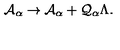
\mathcal { A } _ { \alpha } \rightarrow \mathcal { A } _ { \alpha } + \mathcal { Q } _ { \alpha } \Lambda .